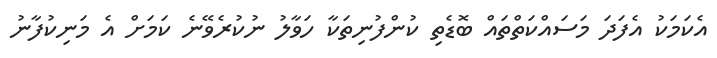
އެކަމަކު އެފަދަ މަސައްކަތްތައް ބޮޑެތި ކުންފުނިތަކާ ހަވާލު ނުކުރެވޭނެ ކަަމަށް އެ މަނިކުފާނު